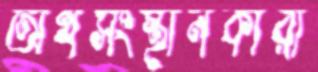
অর্থসংস্থানকারী